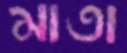
মাতা